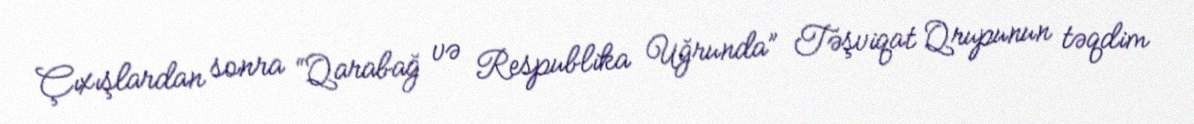
Çıxışlardan sonra “Qarabağ və Respublika Uğrunda” Təşviqat Qrupunun təqdim